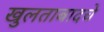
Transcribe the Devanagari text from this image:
खुलताबादचे